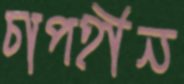
চাপহীন